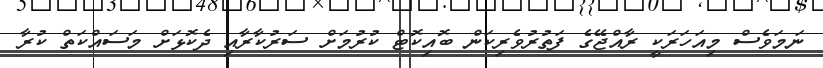
ނަމަވެސް މިއަހަރަކީ ރާއްޖޭގެ ފަތުރުވެރިކަން ބޮއިކޮޓް ކުރުމަށް ސަރުކާރާއި ދެކޮޅަށް މަސައްކަތް ކުރާ